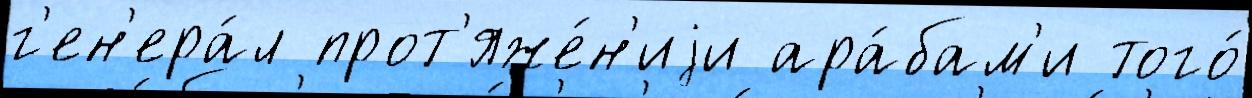
г'ен'ера́л прот'яже́н'иjи ара́бам'и того́